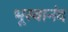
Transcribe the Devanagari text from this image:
भूस्वानंद